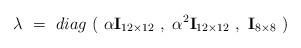
LaTeX: \begin{align*}\lambda \ =\ diag\ (\ \alpha {\bf I}_{12\times 12}\ , \ \alpha ^2 {\bf I}_{12\times 12}\ ,\ {\bf I}_{8\times 8}\ )\end{align*}